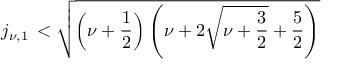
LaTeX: j _ { \nu , 1 } \, < \sqrt { \left( \nu + \frac 1 2 \right) \left( \nu + 2 \sqrt { \nu + \frac 3 2 } + \frac 5 2 \right) }